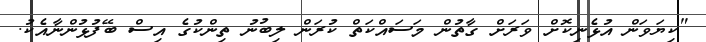
"ކިޔަވަން އުޅެނިކޮށް ވަރަށް ގާތުން މަސައްކަތް ކުރަން ލިބުނު ތިންކުގެ އިސް ބޭފުޅުންނާއެކު.